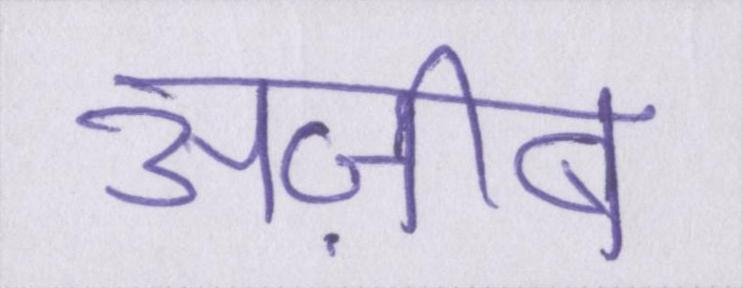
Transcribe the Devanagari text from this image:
अज़ीब